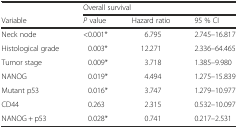
|  | <COLSPAN=3> Overall survival |
 | Variable | P value | Hazard ratio | 95 % CI |
 | --- | --- | --- | --- |
 | Neck node | <0.001* | 6.795 | 2.745–16.817 |
 | Histological grade | 0.003* | 12.271 | 2.336–64.465 |
 | Tumor stage | 0.009* | 3.718 | 1.385–9.980 |
 | NANOG | 0.019* | 4.494 | 1.275–15.839 |
 | Mutant p53 | 0.016* | 3.747 | 1.279–10.977 |
 | CD44 | 0.263 | 2.315 | 0.532–10.097 |
 | NANOG + p53 | 0.028* | 0.741 | 0.217–2.531 |